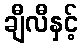
ချီလီနှင့်